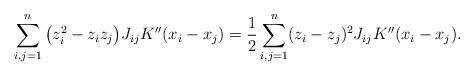
LaTeX: \begin{align*}\sum_{i,j=1}^n \big(z_i^2 - z_iz_j\big) J_{ij} K''(x_i-x_j) &= \frac12\sum_{i,j=1}^n (z_i - z_j)^2 J_{ij} K''(x_i-x_j).\end{align*}